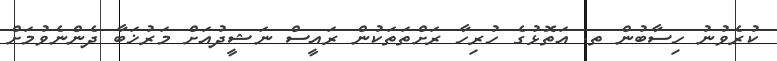
ކުރެވުނު ހިސާބުން ތ. އަތޮޅުގެ ހުރިހާ ރަށްތަތަކުން ރައީސް ނަޝީދުއަށް މަރުޚަބާ ދެންނެވުމަށް